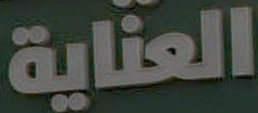
العناية